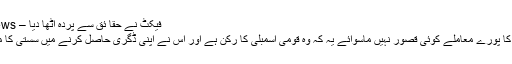
فیکٹ نے حقا ئق سے پردہ اٹھا دیا – Fact News
مراد سعید کا پورے معاملے کوئی قصور نہیں ماسوائے یہ کہ وہ قومی اسمبلی کا رکن ہے اور اس نے اپنی ڈگری حاصل کرنے میں سستی کا مظاہرہ کیا۔